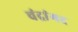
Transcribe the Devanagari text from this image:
चंद्रांगद